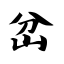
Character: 岔